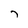
Character: 7